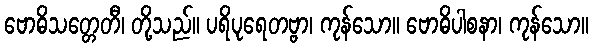
ဗောဓိသတ္တေတီ၊ တို့သည်။ ပရိပုရေတဗ္ဗာ၊ ကုန်သော။ ဗောဓိပါစနာ၊ ကုန်သော။